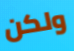
ولكن